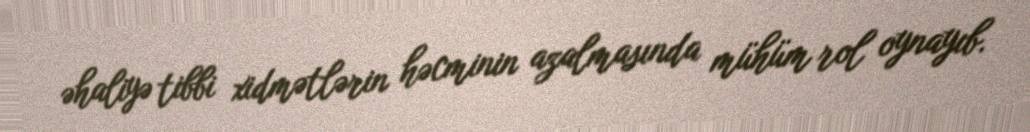
əhaliyə tibbi xidmətlərin həcminin azalmasında mühüm rol oynayıb.